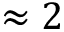
\approx 2